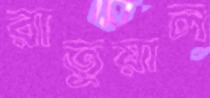
রাতুয়াল